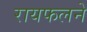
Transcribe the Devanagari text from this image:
रायफलने